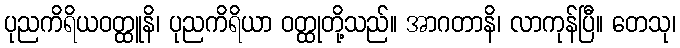
ပုညကိရိယဝတ္ထူနိ၊ ပုညကိရိယာ ဝတ္ထုတို့သည်။ အာဂတာနိ၊ လာကုန်ပြီ။ တေသု၊